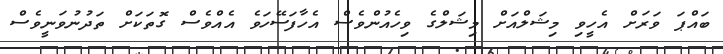
ބައްޕަ ވަރަށް އެހީވި މިޝަލްއަށް މިޝަލްގެ ވިހެއުންވެސް އެހާފަސޭހަވެ އެއްވެސް ގޮތަކަށް ތަދުނުވަނީވެސް